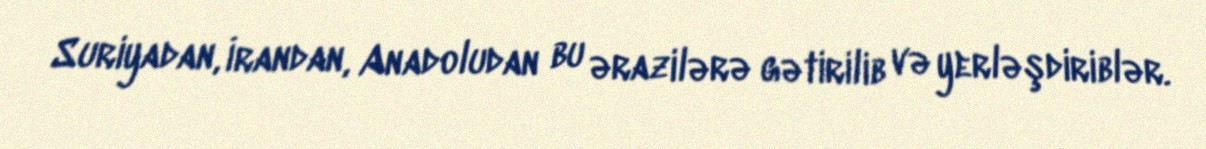
Suriyadan, İrandan, Anadoludan bu ərazilərə gətirilib və yerləşdiriblər.